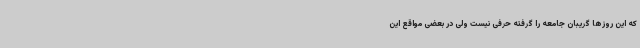
که این روزها گریبان جامعه را گرفته حرفی نیست ولی در بعضی مواقع این